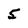
Character: 5